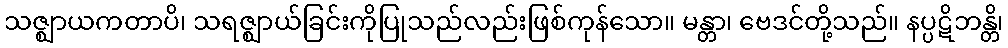
သဇ္ဈာယကတာပိ၊ သရဇ္ဈာယ်ခြင်းကိုပြုသည်လည်းဖြစ်ကုန်သော။ မန္တာ၊ ဗေဒင်တို့သည်။ နပ္ပဋိဘန္တိ၊